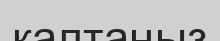
қалтаңыз